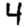
Digit: 4